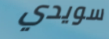
سويدي